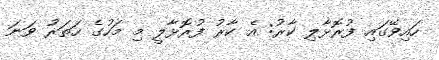
ހައިވޭގައި ފުރޮޅާލި ކާރު: އެ ކާރު ފުރޮޅާލީ މި މަހުގެ ހަތަރު ވަނަ